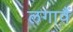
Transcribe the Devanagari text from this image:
लगावैं